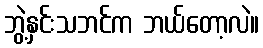
ဘွဲ့နှင်းသဘင်က ဘယ်တော့လဲ။